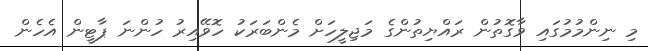
މި ނިންމުމުގައި ވާގޮތުން ރައްޔިތުންގެ މަޖިލީހަށް މެންބަރަކު ހޮވޭއިރު ހުންނަ ޕާޓީން އެހެން